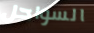
السواحل